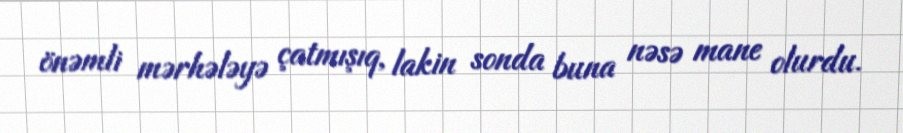
önəmli mərhələyə çatmışıq, lakin sonda buna nəsə mane olurdu.